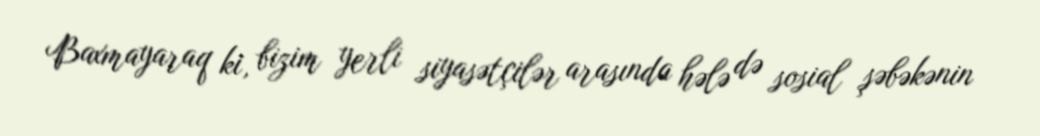
Baxmayaraq ki, bizim yerli siyasətçilər arasında hələ də sosial şəbəkənin